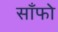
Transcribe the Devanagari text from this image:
साँफो